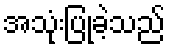
အသုံးပြုခဲ့သည်